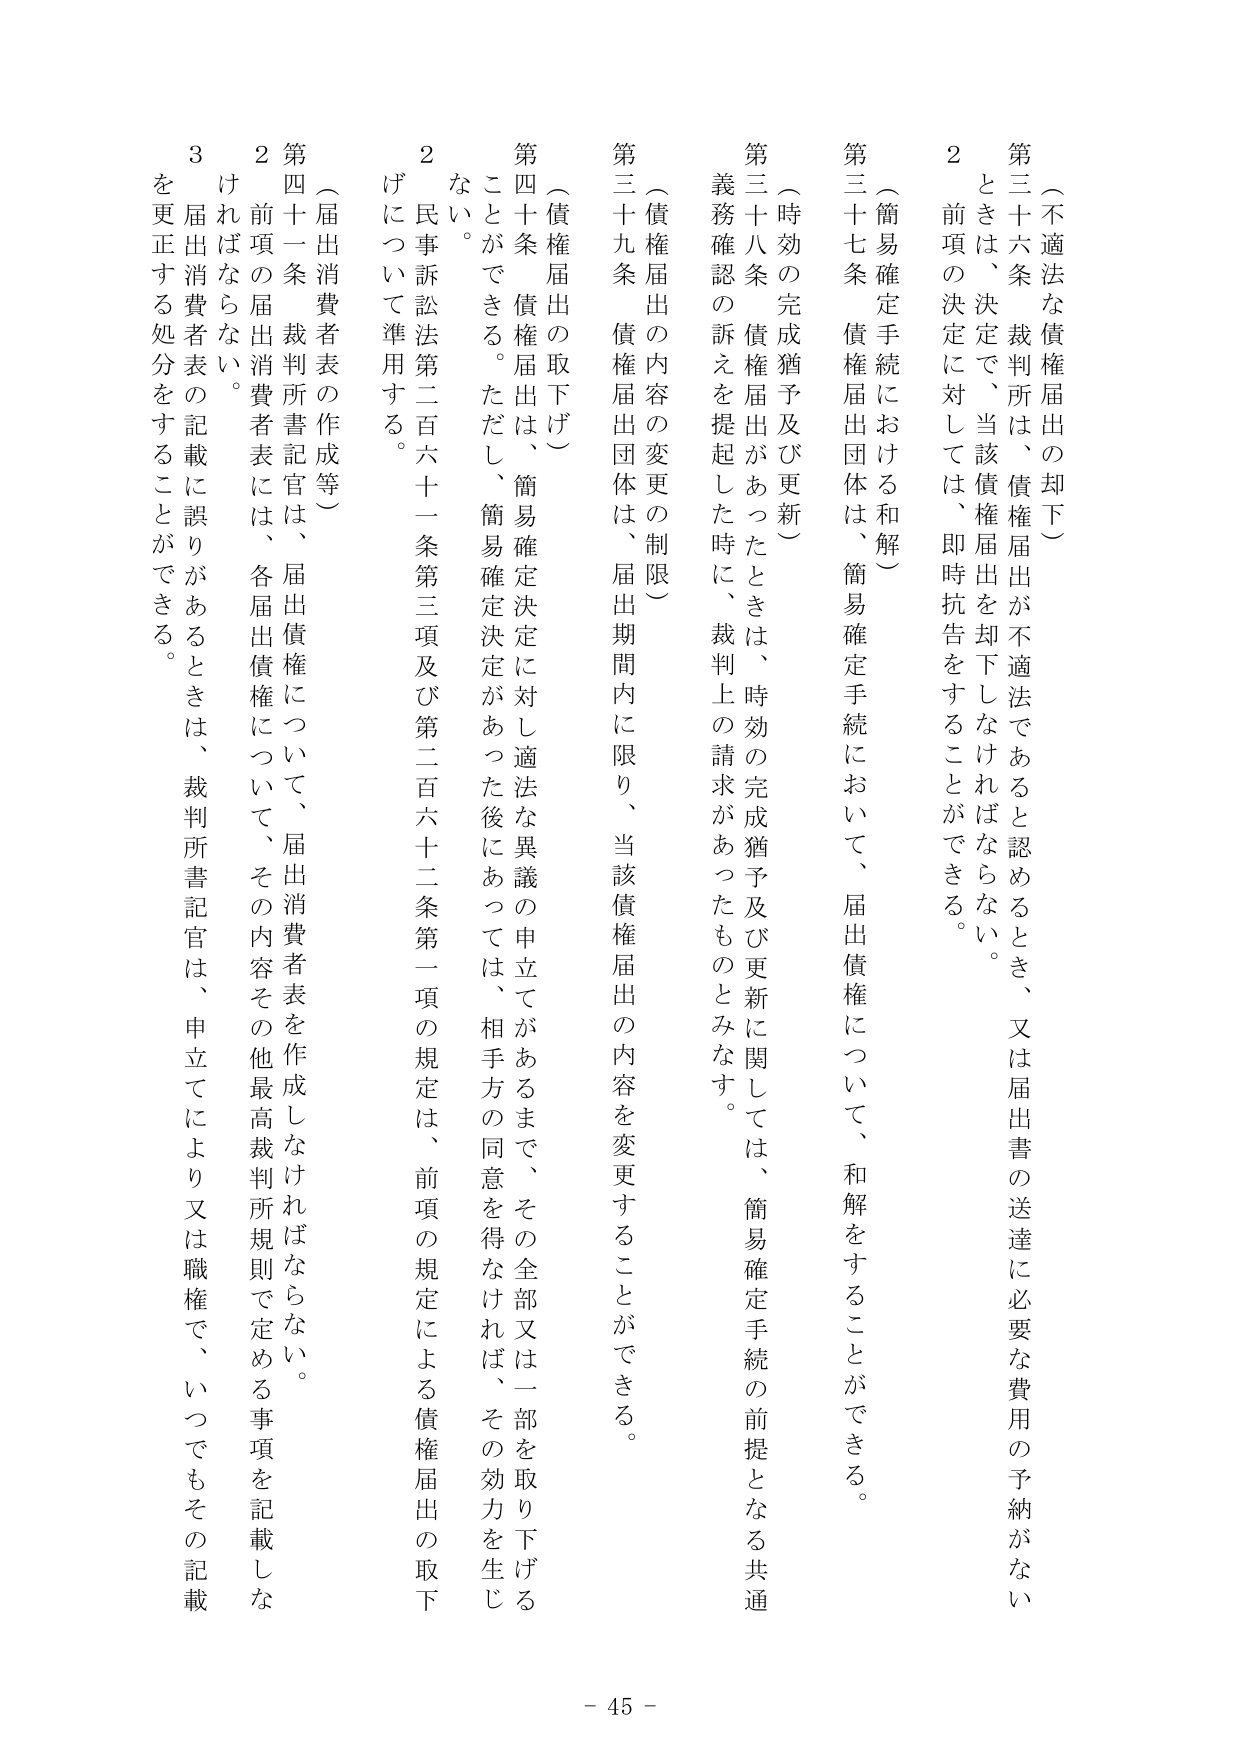
（不適法な債権届出の却下）
第三十六条 裁判所は、債権届出が不適法であると認めるとき、又は届出書の送達に必要な費用の予納がないときは、決定で、当該債権届出を却下しなければならない。
２ 前項の決定に対しては、即時抗告をすることができる。

（簡易確定手続における和解）
第三十七条 債権届出団体は、簡易確定手続において、届出債権について、和解をすることができる。

（時効の完成猶予及び更新）
第三十八条 債権届出があったときは、時効の完成猶予及び更新に関しては、簡易確定手続の前提となる共通義務確認の訴えを提起した時に、裁判上の請求があったものとみなす。

（債権届出の内容の変更の制限）
第三十九条 債権届出団体は、届出期間内に限り、当該債権届出の内容を変更することができる。

（債権届出の取下げ）
第四十条 債権届出は、簡易確定決定に対し適法な異議の申立てがあるまで、その全部又は一部を取り下げることができる。ただし、簡易確定決定があった後においては、相手方の同意を得なければ、その効力を生じない。
２ 民事訴訟法第二百六十一条第三項及び第二百六十二条第一項の規定は、前項の規定による債権届出の取下げについて準用する。

（届出消費者表の作成等）
第四十一条 裁判所書記官は、届出債権について、届出消費者表を作成しなければならない。
２ 前項の届出消費者表には、各届出債権について、その内容その他最高裁判所規則で定める事項を記載しなければならない。
３ 届出消費者表の記載に誤りがあるときは、裁判所書記官は、申立てにより又は職権で、いつでもその記載を更正する処分をすることができる。

- 45 -